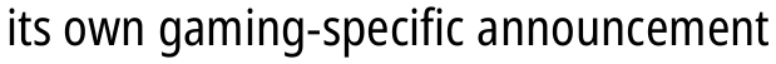
its own gaming-specific announcement